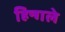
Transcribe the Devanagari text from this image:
हिन्गले